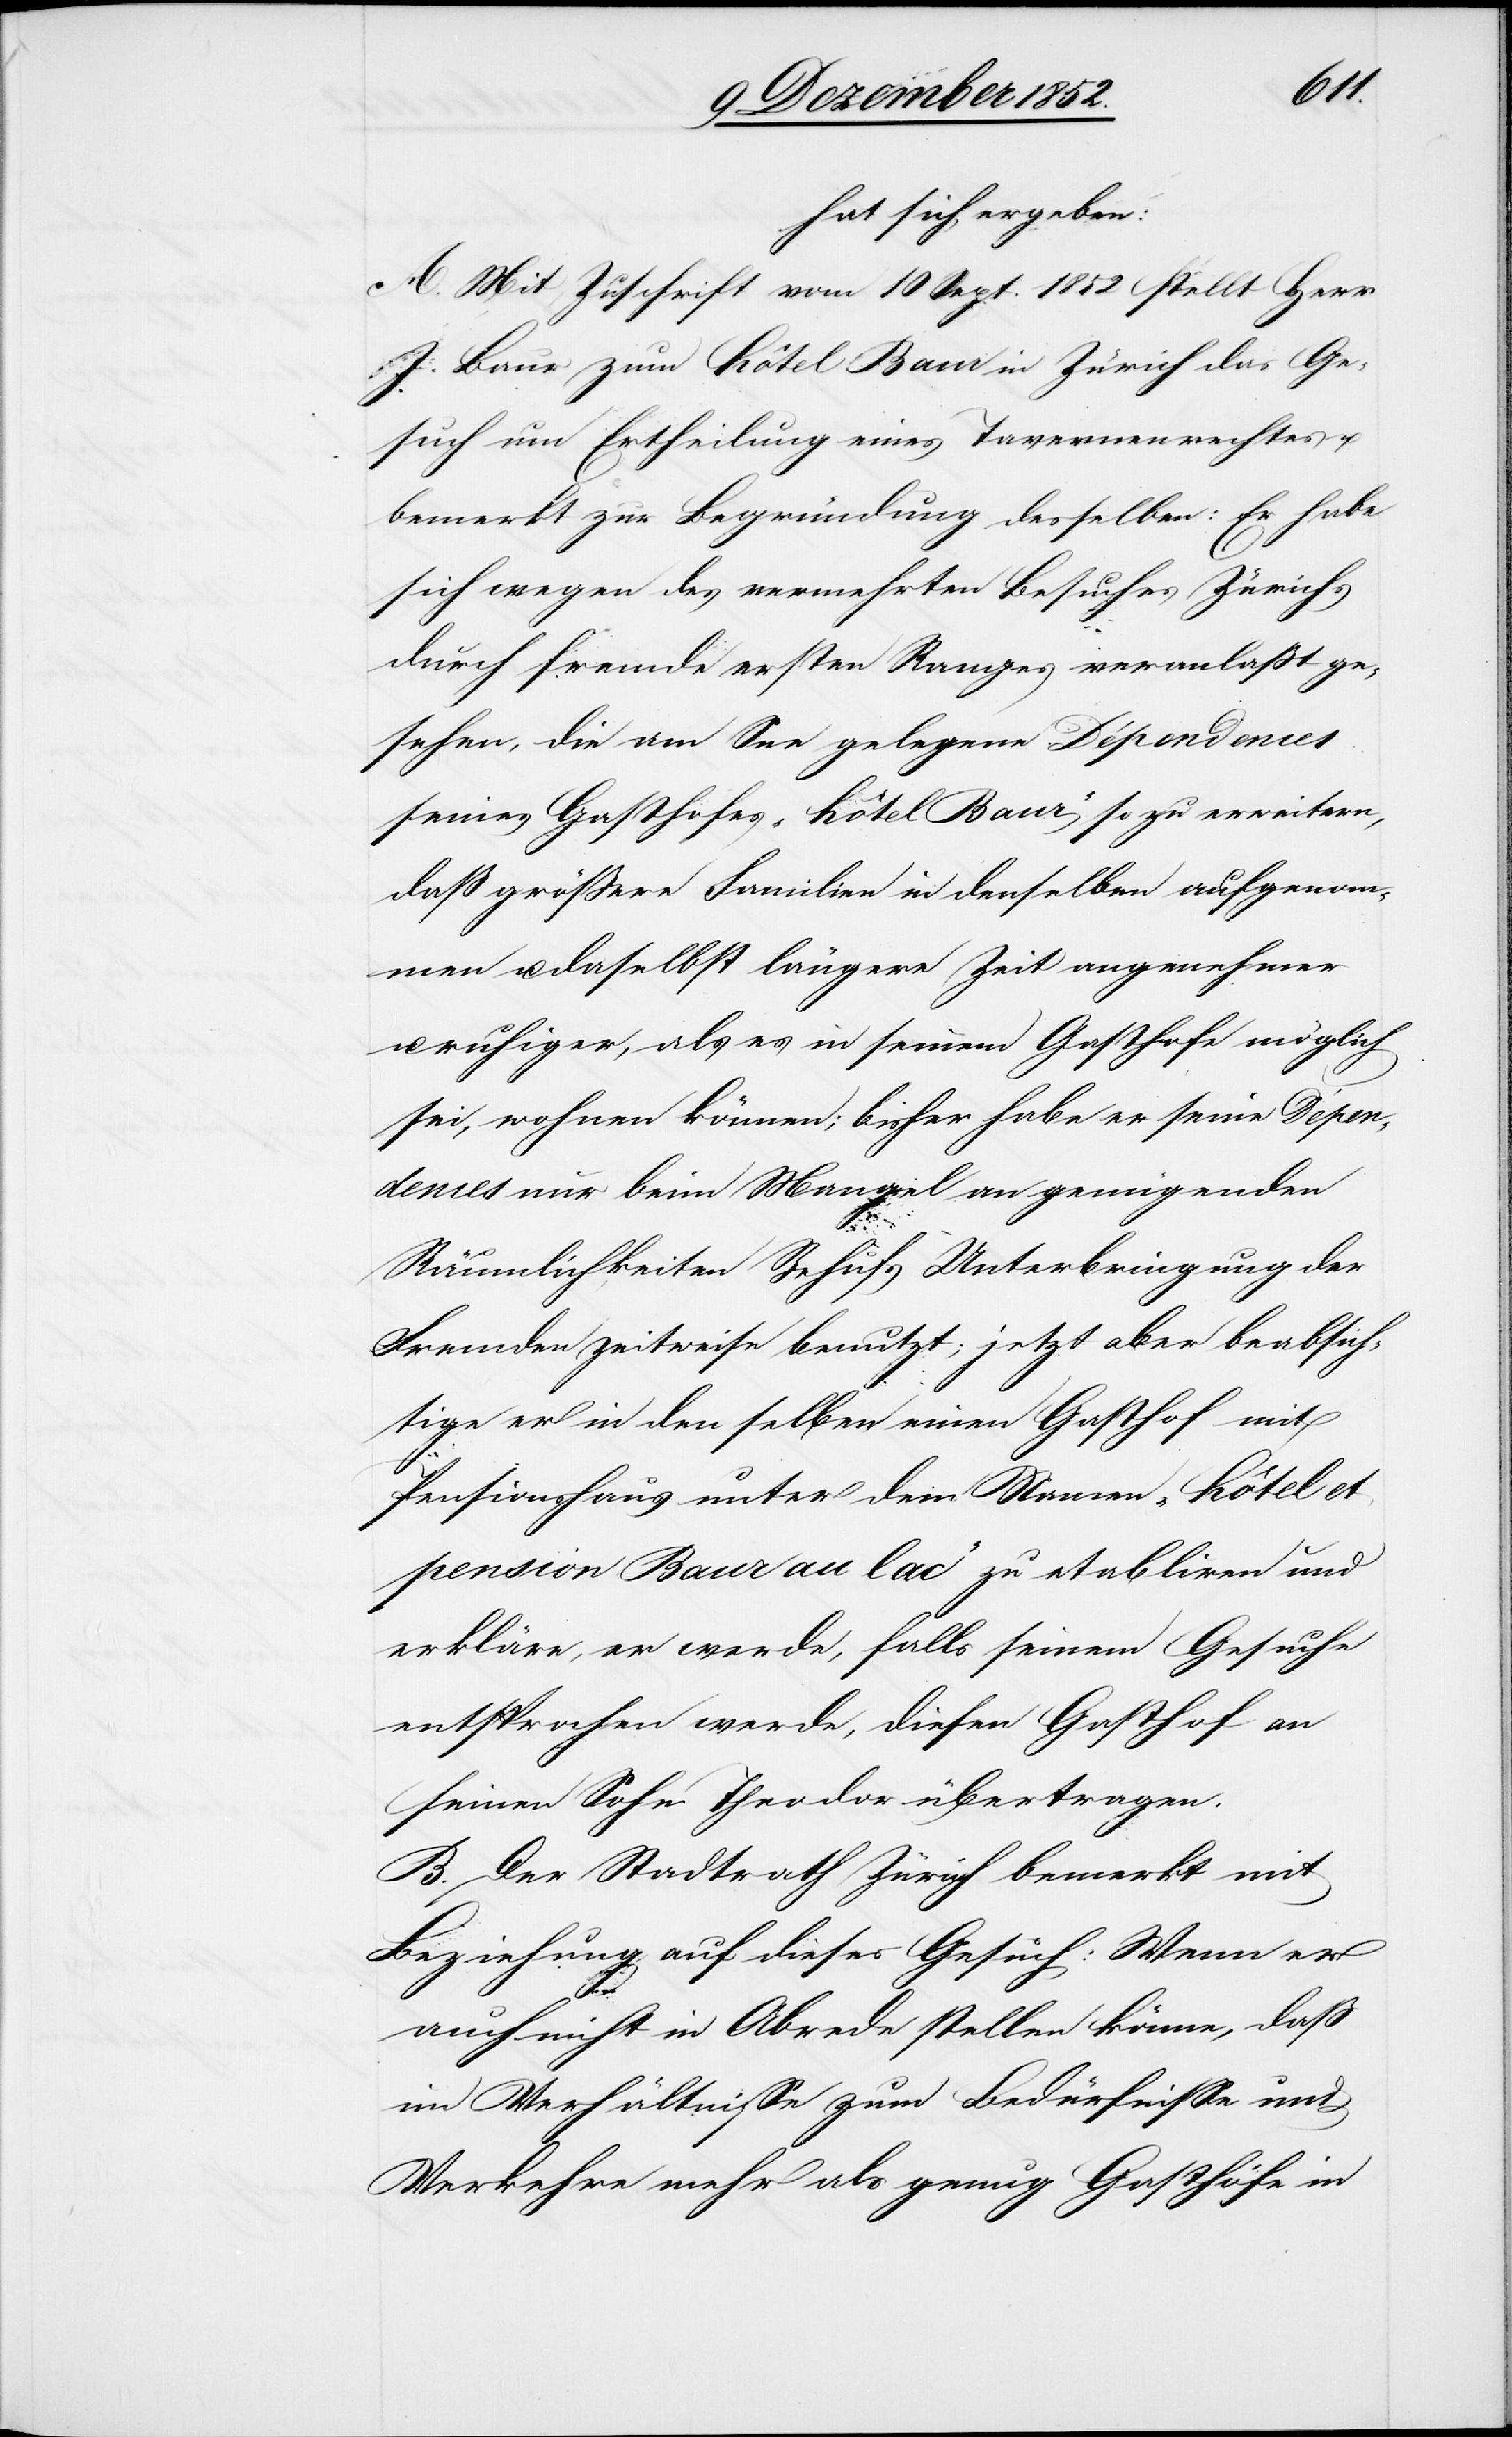
hat sich ergeben:
A. Mit Zuschrift vom 10 Sept. 1852 stellt Herr
J. Baur zum Hôtel Baur in Zürich das Ge¬
such um Ertheilung eines Tavernenrechtes u.
bemerkt zur Begründung desselben: Er habe
sich wegen des vermehrten Besuches Zürichs
durch fremde [sic!] ersten Ranges veranlaßt ge¬
sehen, die am See gelegene Dépendences
seines Gasthofes „Hôtel Baur“ so zu erweitern,
daß größere Familien in denselben aufgenom¬
men u. daselbst längere Zeit angenehmer
ruhiger, als es in seinem Gasthofe möglich
sei, wohnen können; bisher habe er seine Dépen¬
dences nur beim Mangel an genügenden
Räumlichkeiten Behufs Unterbringung der
Fremden zeitweise benutzt; jetzt aber beabsich¬
tige er in den selben einen Gasthof mit
Pensionshaus unter dem Namen „Hôtel et
pension Baur au lac“ zu etabliren und
erkläre, er werde, falls seinem Gesuche
entsprochen werde, diesen Gasthof an
seinen Sohn Theodor übertragen.
B. Der Stadtrath Zürich bemerkt mit
Beziehung auf dieses Gesuch: Wenn er
auch nicht in Abrede stellen könne, daß
im Verhältnisse zum Bedürfnisse und
Verkehre mehr als genug Gasthöfe in